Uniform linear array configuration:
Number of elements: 64
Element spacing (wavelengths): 1
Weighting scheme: cosine
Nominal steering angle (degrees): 45
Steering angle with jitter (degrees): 44.263
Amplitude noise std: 0.05
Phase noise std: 0.05

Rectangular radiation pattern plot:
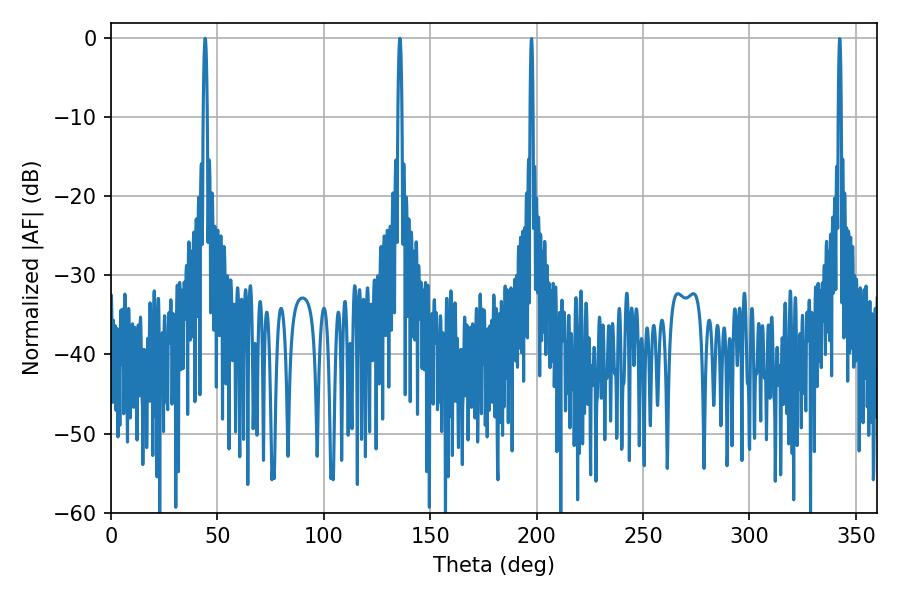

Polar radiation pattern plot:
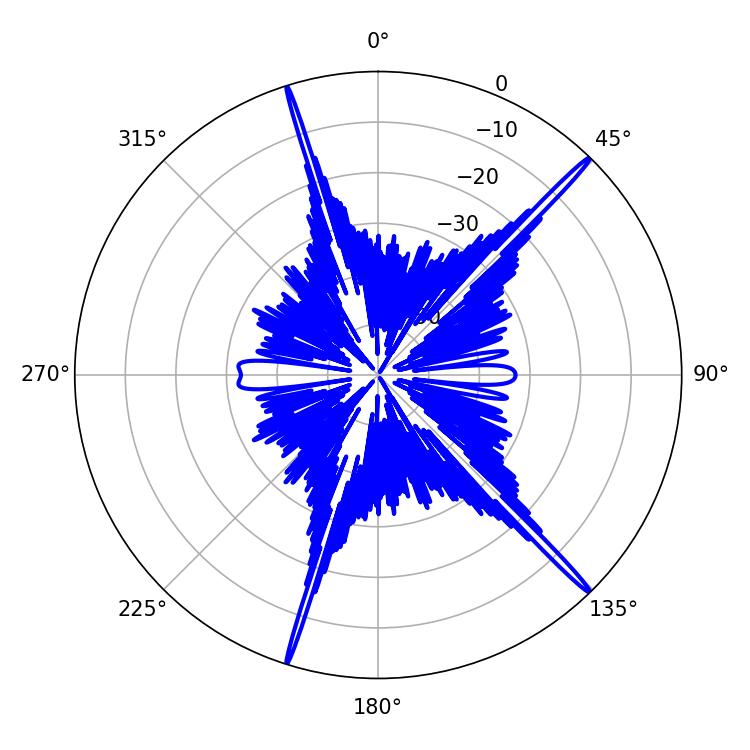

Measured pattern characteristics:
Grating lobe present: TRUE
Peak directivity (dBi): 19.855
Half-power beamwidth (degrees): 1.08
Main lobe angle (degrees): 44.28